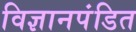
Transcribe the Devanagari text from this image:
विज्ञानपंडित